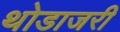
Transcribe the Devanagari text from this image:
थोडाजरी